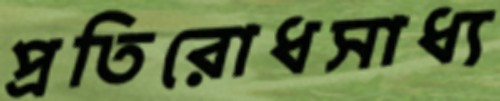
প্রতিরোধসাধ্য